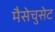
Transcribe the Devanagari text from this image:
मैसेचुसेट